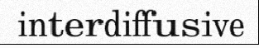
interdiffusive